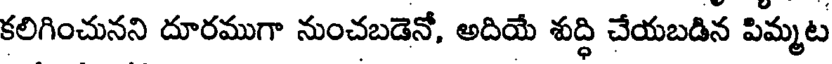
కలిగించునని దూరముగా నుంచబడెనో, అదియే శుద్ధి చేయబడిన పిమ్మట